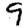
Digit: 9